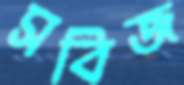
সবিজ